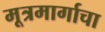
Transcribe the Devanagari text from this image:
मूत्रमार्गाचा